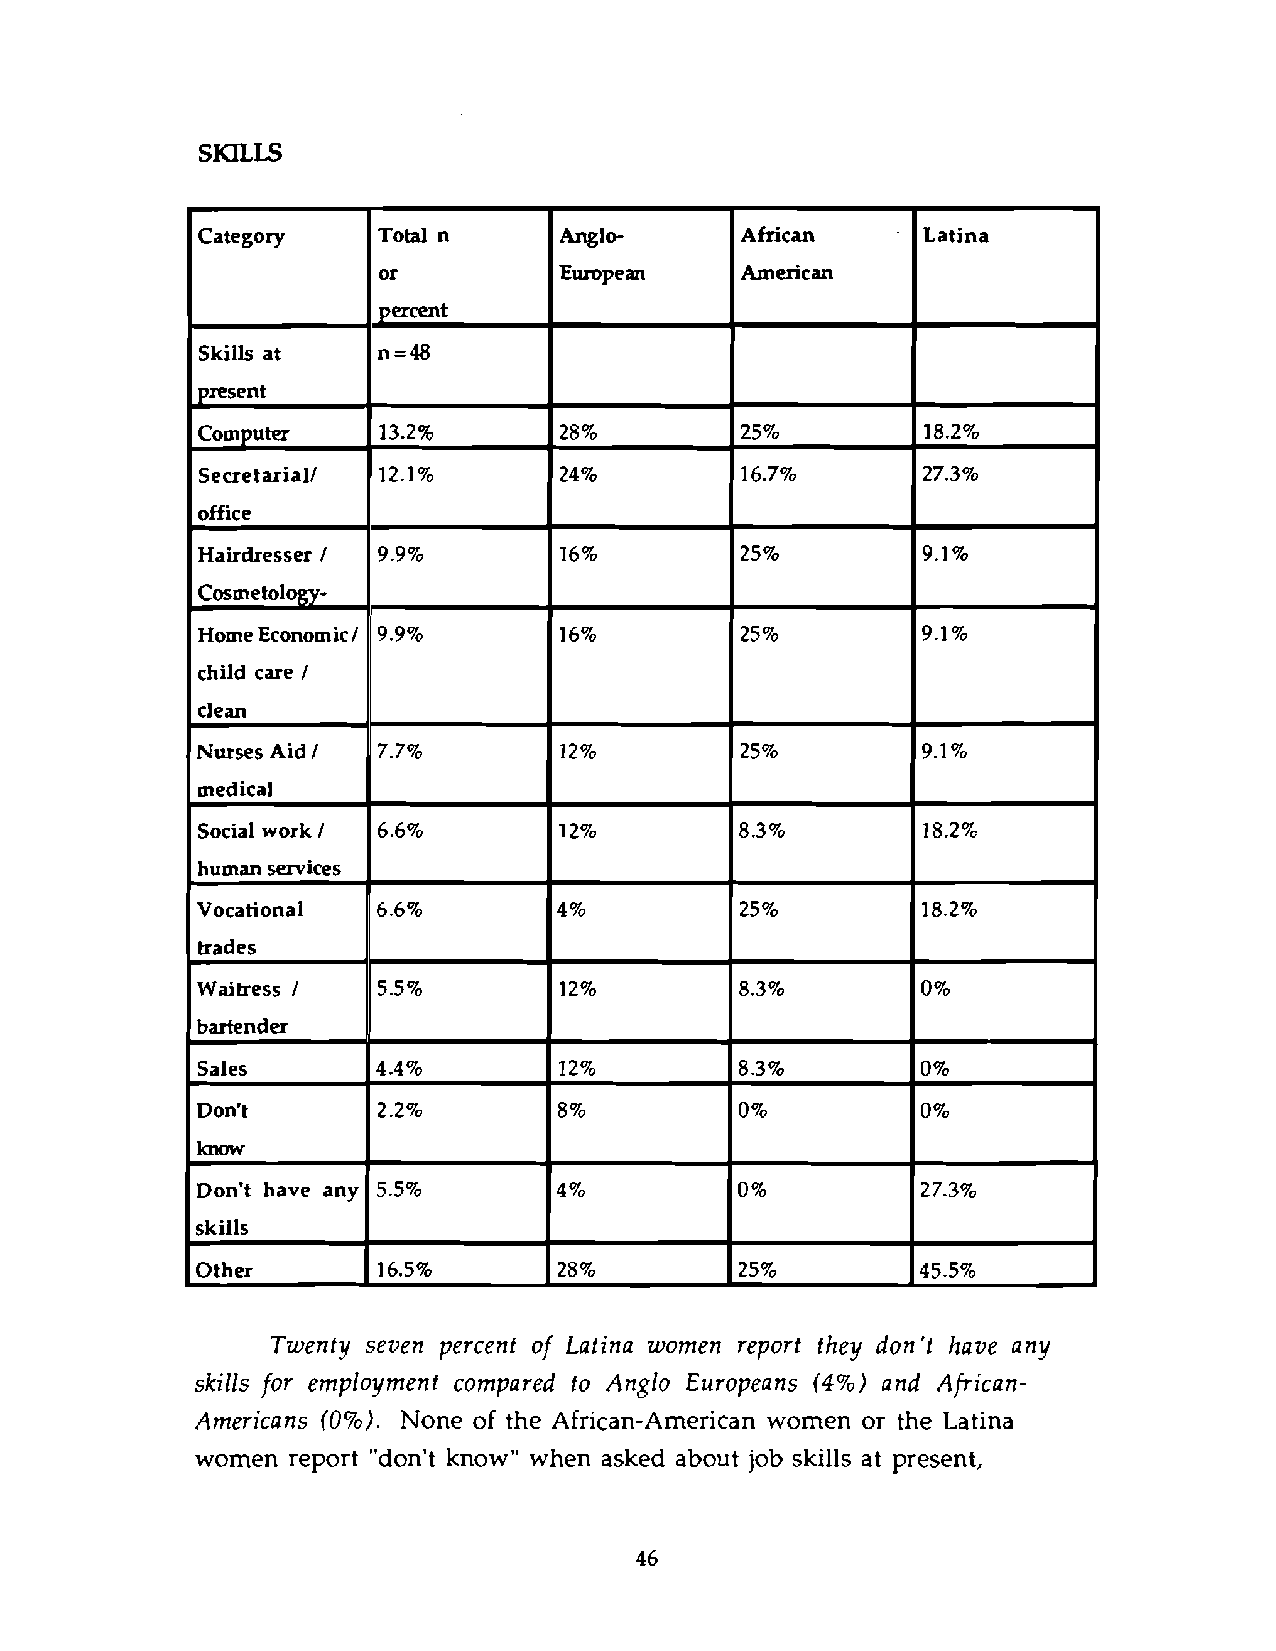
bartender
 Sales       4.4%        12%         8.3%        0%
 Don't       2.2%        8%          0%          0%
 lalow
 Don't have any 5.5%     4%          0 %         27.3%
 skills
 Other       16.5%       28%         25%         45.5%
 Twenty seven percent of Latina women report they don't have any
 skills for employment compared to Anglo Europeans (4%) and African-
 Americans (0%). None of the African-American women or the Latina
 women report "don't know" when asked about job skills at present,